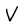
Character: v